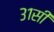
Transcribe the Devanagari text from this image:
३१सी